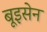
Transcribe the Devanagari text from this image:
बूइसेन